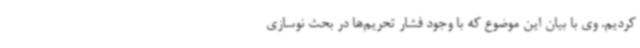
کردیم. وی با بیان این موضوع که با وجود فشار تحریم‌ها در بحث نوسازی